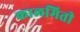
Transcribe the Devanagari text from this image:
कालमिती